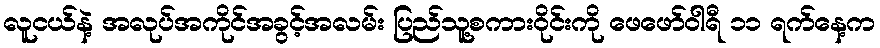
လူငယ်နဲ့ အလုပ်အကိုင်အခွင့်အလမ်း ပြည်သူ့စကားဝိုင်းကို ဖေဖော်ဝါရီ ၁၁ ရက်နေ့က